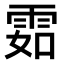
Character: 𩂰